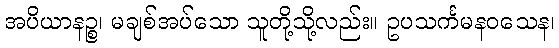
အပိယာနဉ္စ၊ မချစ်အပ်သော သူတို့သို့လည်း။ ဥပသင်္ကမနဝသေန၊